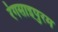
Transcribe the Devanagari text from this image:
रंगसाइपुरम